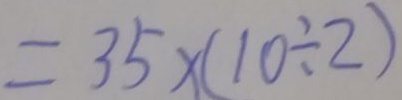
= 3 5 \times ( 1 0 \div 2 )